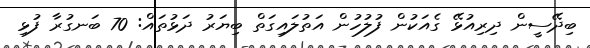
ބިދޭސީން ދިރިއުޅޭ ގެއަކުން ފުލުހުން އަތުލައިގަތް ބިޔަރު ދަޅުތައް: 70 ބަނގުރާ ފުޅި